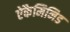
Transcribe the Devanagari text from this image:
ऐकैमिनिड